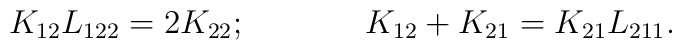
K_{12}L_{122}=2K_{22};\hspace{1.5cm}K_{12}+K_{21}=K_{21}L_{211}.